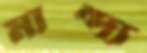
মান্দ্য